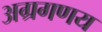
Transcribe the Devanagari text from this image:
अग्रगणय